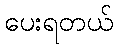
ပေးရတယ်